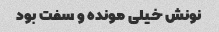
نونش خیلی مونده و سفت بود